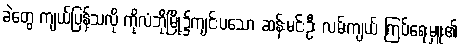
ခဲတွေ ကျယ်ပြန့်သလို ကိုလံဘိုမြို့၌ကျင်းပသော ဆန်းမင်းဦး လမ်းကျယ် ကြပ်ရေးမှူး၏